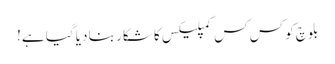
بلوچ کو کس کس کمپلیکس کا شکار بنا دیا گیا ہے!